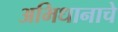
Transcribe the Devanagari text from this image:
अभिधानाचे